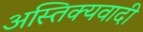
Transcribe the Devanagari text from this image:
अस्तिक्यवादी